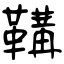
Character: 鞲